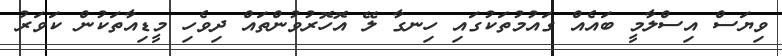
ވިޔަސް އިސްލާމީ ބައެއް ގައުމުތަކުގައި ހިނގާ ލޭ އޮހޮރުވުންތައް ދިވެހި މީޑިއާތަކުން ކަވަރު